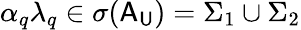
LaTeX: \alpha_{q}{\lambda}_{q}\in\sigma(\mathsf{A}_{\mathsf{U}})=\Sigma_{1}\cup\Sigma_{2}